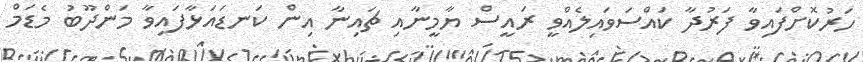
ހަރުކޮށްފައިވާ ފަރުދާ ކައްސަވައިލެއްވީ ރައީސް ޔާމީނާއި ޗައިނާ އިން ކަނޑައަޅާފައިވާ މަންދޫބު މެޑަމް